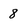
Character: 8